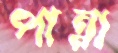
পান্না